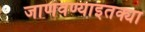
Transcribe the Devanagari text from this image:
जाणवण्याइतक्या